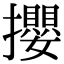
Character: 攖